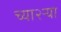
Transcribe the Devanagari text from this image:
च्या२ऱ्या